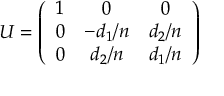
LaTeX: U = \left( \begin{array} { c c c } { { 1 } } & { { 0 } } & { { 0 } } \\ { { 0 } } & { { - d _ { 1 } / n } } & { { d _ { 2 } / n } } \\ { { 0 } } & { { d _ { 2 } / n } } & { { d _ { 1 } / n } } \end{array} \right)